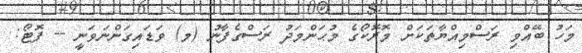
މަހު ބޭއްވި ރަސްމިއްޔާތަކަށް މޮރޮކޯގެ މުޙަންމަދު ރަސްގެފާނު (މ) ވަޑައިގަންނަވަނީ -- ފޮޓޯ: